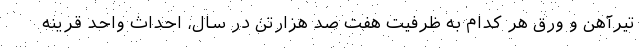
تیرآهن و ورق هر کدام به ظرفیت هفت صد هزارتن در سال، احداث واحد قرینه